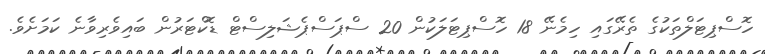
ހޮސްޕިޓަލްތަކުގެ ތެރޭގައި ހިމެނޭ 18 ހޮސްޕިޓަލަކުން 20 ސްޕަސްޕެޝަލިސްޓް ޑޮކްޓަރުން ބައިވެރިވާނެ ކަމަށެވެ.